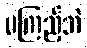
မကြည့်ဘဲ